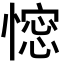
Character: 𢠋